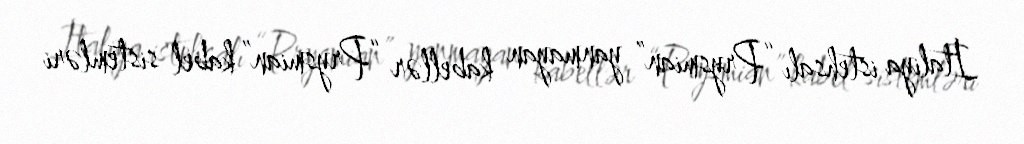
İtaliya istehsalı “Prysmian” yanmayan kabellər “Prysmian” kabel sistemləri